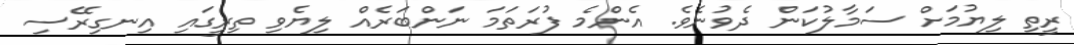
ރީތި ލިޔުމަށް ސަމާލުކަން ދެވުނެވެ. އެންމެ ފުރަތަމަ ނަންބަރެއް ލިޔެވި ތިރީގައި އިނގިރޭސި